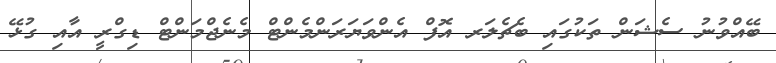
ބޭއްވުނު ސެޝަން ތަކުގައި ބެޗެލަރ އޮފް އެންވަޔަރަންމެންޓް މެނެޖްމަންޓް ޑިގްރީ އާއި ގުޅޭ